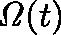
\mathit { \Omega } ( t )